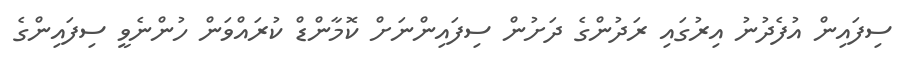
ސިފައިން އުފެދުނު އިރުގައި ރަދުންގެ ދަށުން ސިފައިންނަށް ކޮމާންޑް ކުރައްވަން ހުންނެވީ ސިފައިންގެ